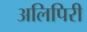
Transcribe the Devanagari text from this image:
अलिपिरी